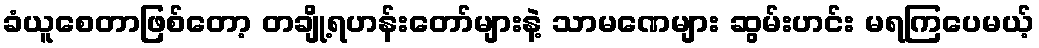
ခံယူစေတာဖြစ်တော့ တချို့ရဟန်းတော်များနဲ့ သာမဏေများ ဆွမ်းဟင်း မရကြပေမယ့်